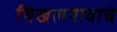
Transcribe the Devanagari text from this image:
चिखलगावाचे